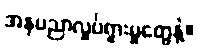
အနုပညာလှုပ်ရှားမှုတွေနဲ့။